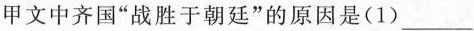
甲文中齐国”战胜于朝廷”的原因是（1）___